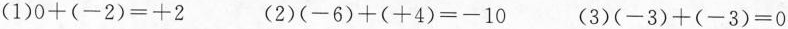
(1)$$0+(-2)=+2$$ (2)$$(-6)+(+4)=-10$$ (3)$$(-3)+(-3)=0$$